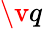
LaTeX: \v q